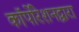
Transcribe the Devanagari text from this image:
कॉर्पोरेशनद्वारा